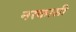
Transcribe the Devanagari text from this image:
नरकासी